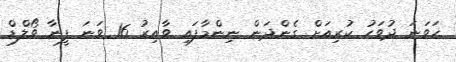
ހަވަނަ ދުވަހު ކުރިއަށް ގެންދަން ނިންމާފައި ވާއިރު 16 ވަނަ ފީނާ ވޯލްޑް